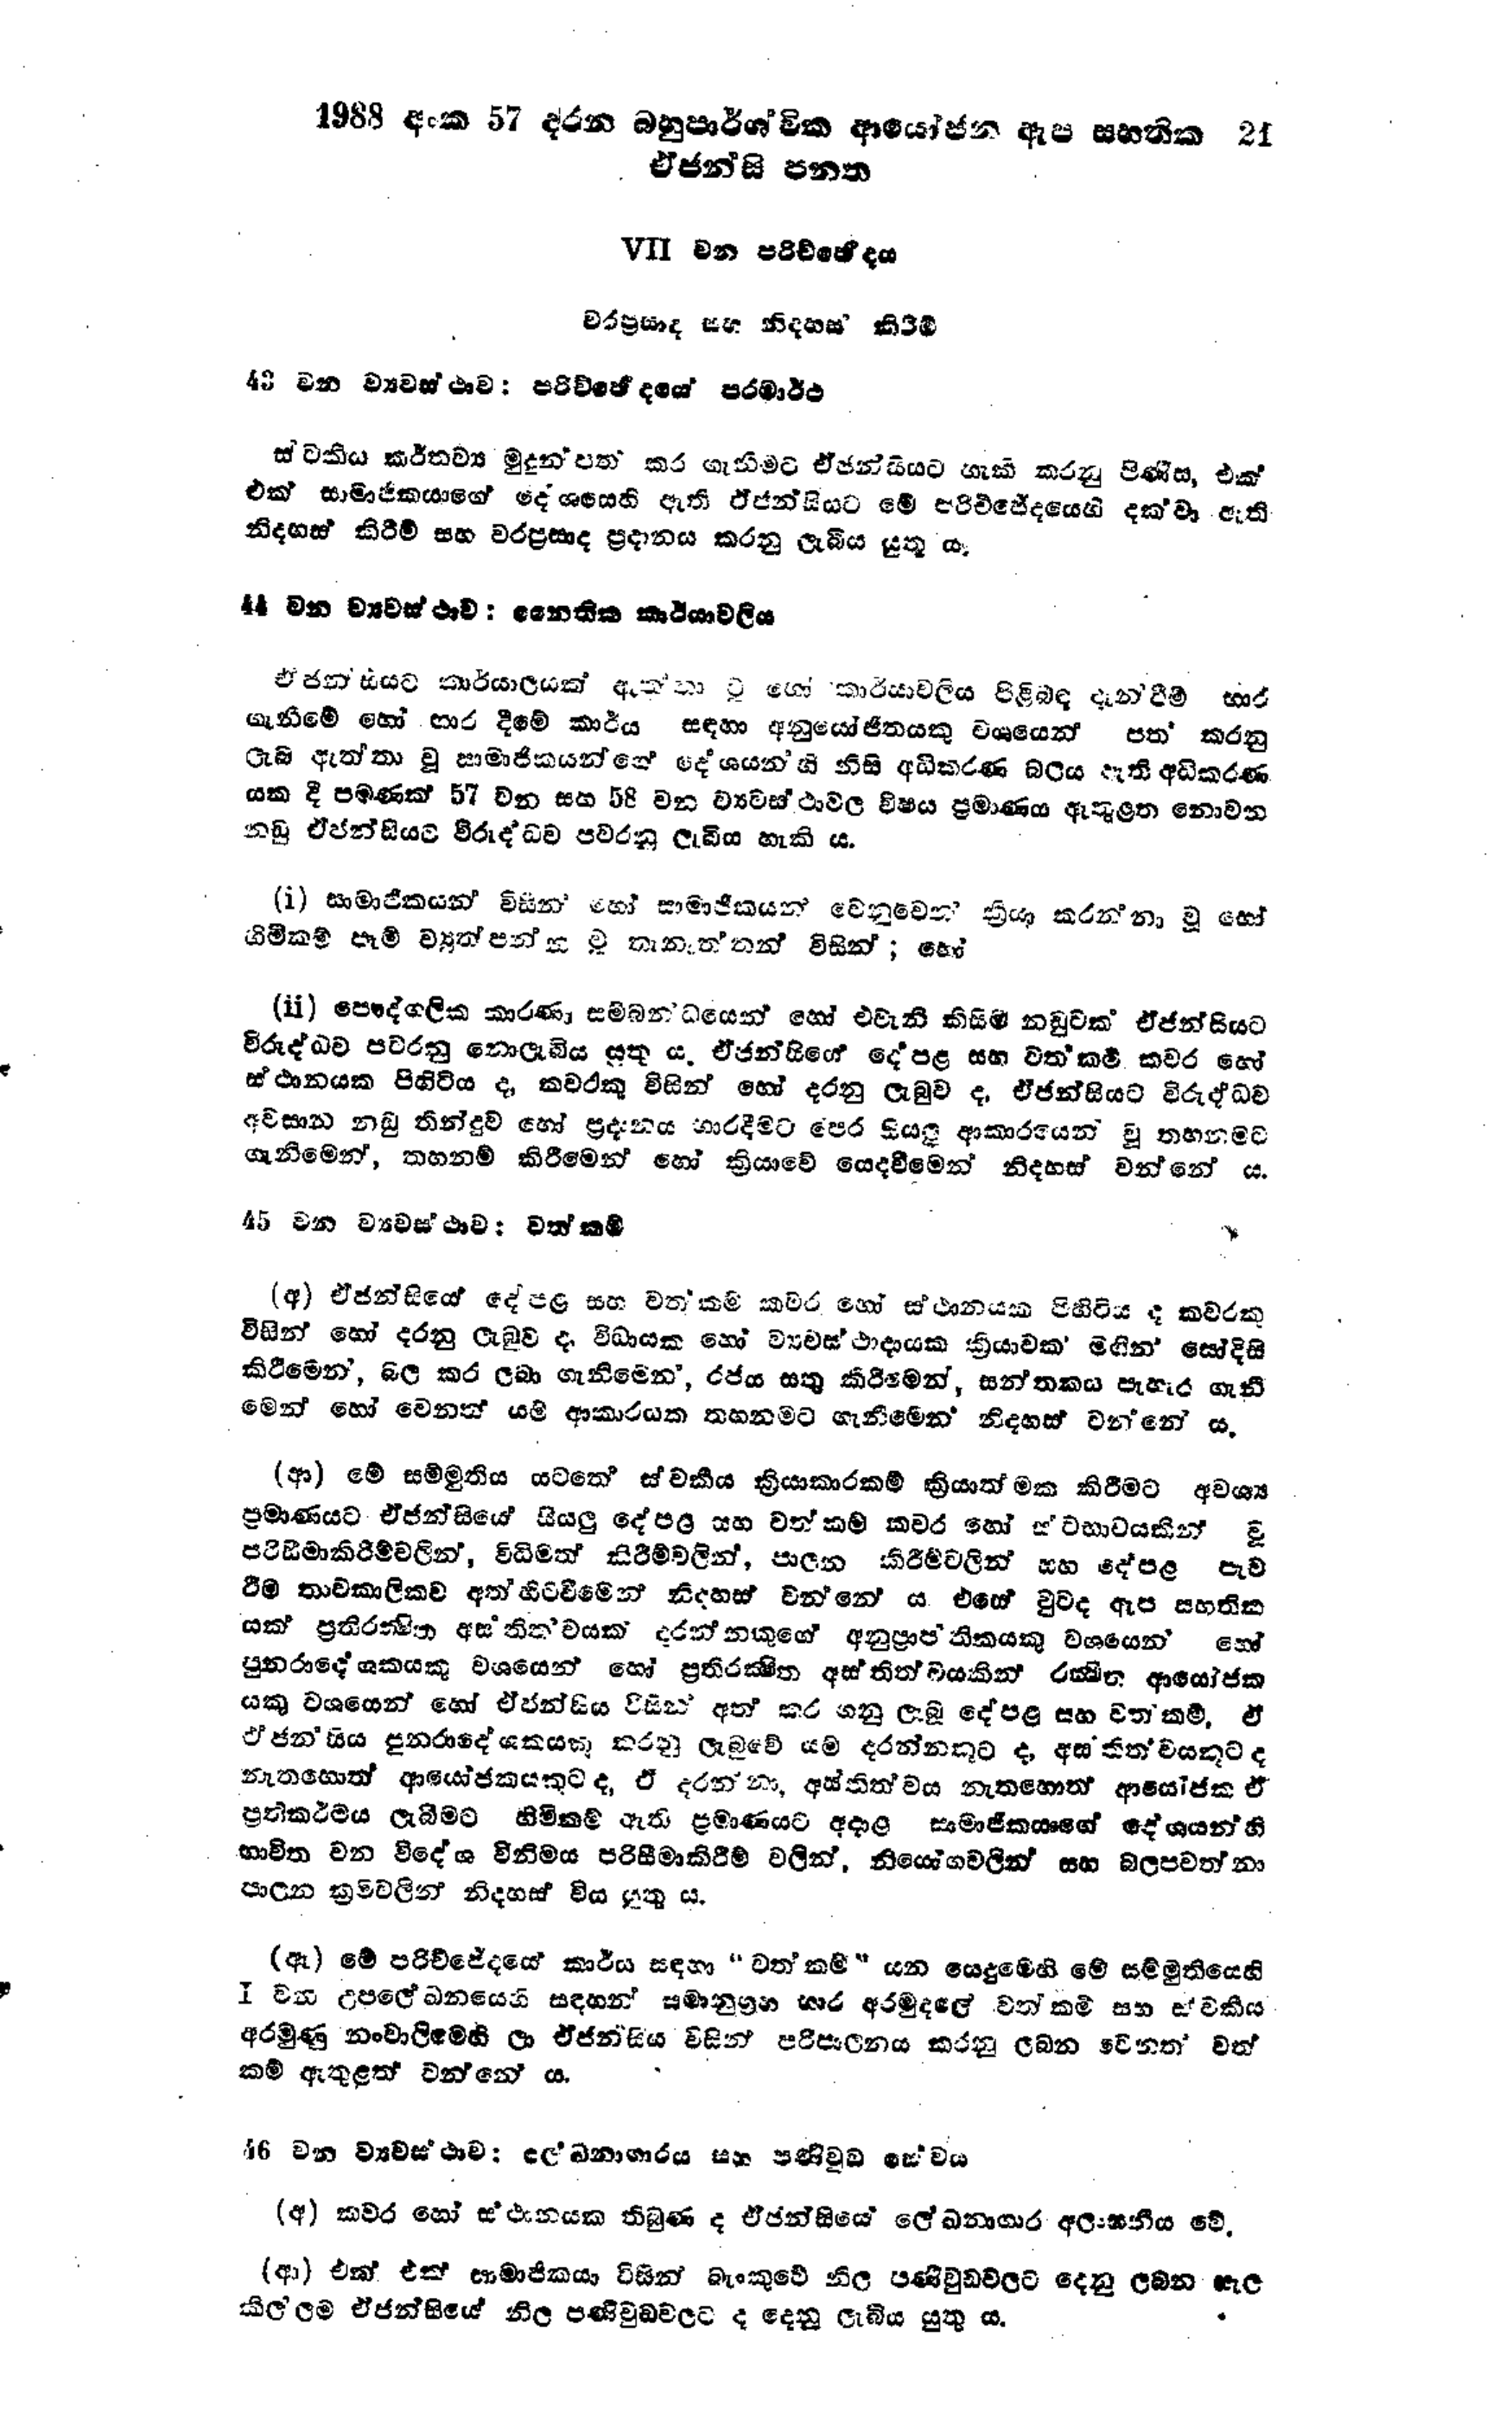
1988 අංක 57 දරන බහුපාර්ශවික ආයෝජන ඇප සහතික 21
ඒජන්සි පනත

Ⅶ වන පරිච්ජේදය

වරප්‍රසාද සහ නිදහස් කිරීම්

43 වන ව්‍යවස්ථාව : පරිච්ජේදයේ පරමාර්ථ

ස්වකීය කර්තව්‍ය මුදුන්පත් කර ගැනීමට ඒජන්සියට හැකි කරනු පිණිස, එක්
එක් සාමාජිකයාගේ දේශයෙහි ඇති ඒජන්සියට මේ පරිච්ජේදයෙහි දක්වා ඇති
නිදහස් කිරීම් සහ වරප්‍රසාද ප්‍රදානය කරනු ලැබිය යුතු ය.

14 වන ව්‍යවස්ථාව: නෛතික කාර්යාවලිය

ඒ ජන්සියට කාර්යාලයක් ඇත්තා වූ හෝ කාර්යාවලිය පිළිබඳ දැන්වීම භාර
ගැනීමේ හෝ භාර දීමේ කාර්ය සඳහා අනුයෝජිතයකු වශයෙන් පත කරනු
ලැබ ඇත්තා වූ සාමාජිකයන්ගේ දේශයන්හි නිසි අධිකරණ බලය ඇති අධිකරණ
යක දී පමණක් 57 වන සහ 58 වන ව්‍යවස්ථාවල විෂය ප්‍රමාණය ඇතුළත නොවන
නඩු ඒජන්සියට විරුද්ධව පවරනු ලැබිය හැකි ය.

(i) සාමාජිකයන් විසින් හෝ සාමාජිකයන් වෙනුවෙන් ක්‍රියා කරන්නා වූ හෝ
හිමිකම් පෑම් ව්‍යුත්පන්න වූ තැනැත්තන් විසින් ; හෝ

(ii) පෞද්ගලික කාරණා සම්බන්ධයෙන් හෝ එවැනි කිසිම නඩුවක් ඒජන්සියට
විරුද්ධව පවරනු නොලැබිය යුතු ය. ඒජන්සියේ දේපළ සහ වත්කම් කවර හෝ
ස්ථානයක පිහිටිය ද, කවරකු විසින් හෝ දරනු ලැබුව ද, ඒජන්සියට විරුද්ධව
අවසාන නඩු තීන්දුව හෝ ප්‍රදානය භාර දීමට පෙර සියලු ආකාරයෙන් වූ තහනමට
ගැනීමෙන්, තහනම් කිරීමෙන් හෝ ක්‍රියාවේ යෙදවීමෙන් නිදහස් වන්නේ ‍ය.

45 වන ව්‍යවස්ථාව : වත්කම්

(අ) ඒජන්සියේ දේපළ සහ වත්කම් කවර හෝ ස්ථානයක පිහිටිය ද කවරකු
විසින් හෝ දරනු ලැබුව ද, විධායක හෝ ව්‍යවස්ථාදායක ක්‍රියාවක් මගින සෝදිසි
කිරීමෙන, බල කර ලබා ගැනිමෙන්, රජය සතු කිරීමෙන්, සන්තකය පැහැර ගැනී
මෙන් හෝ වෙනත් යම් ආකාරයක තහනමට ගැනීමෙන නිදහස් වන්නේ ය.

(ආ) මේ සම්මුතිය යටතේ ස්වකීය ක්‍රියාකාරකම් ක්‍රියාත්මක කිරීමට අවශ්‍ය
ප්‍රමාණයට ඒජන්සියේ සියලු දේපළ සහ වත්කම කවර හෝ ස්වභාවයකින් වූ
පරිසීමාකිරීම් වලින්, විධිමත් කිරීම් වලින්, පාලන කිරීම් වලින් සහ දේපළ පැව
රීම තාවකාලිකව අත්හිටවීමෙන් නිදහස් වන්නේ ය. එසේ වුවද ඇප සහතික
යක් ප්‍රතිරක්ෂිත අස්තිත්වයක් දරන්නකුගේ අනුප්‍රාප්තිකයකු වශයෙන් හෝ
පුනරාදේශකයකු වශයෙන් හෝ ප්‍රතිරක්ෂිත අස්තිත්වයකින් රක්ෂිත ආයෝජක
යකු වශයෙන් හෝ ඒජන්සිය විසින් අත් කර ගනු ලැබූ දේපළ සහ වත්කම්, ඒ
ඒජන්සිය පුනරාදේශකයකු කරනු ලැබුවේ යම් දරන්නකුට ද, අස්තිත්වයකුට ද
නැතහොත් ආයෝජකයකුට ද ඒ දරන්නා, අස්තිත්වය නැතහොත් ආයෝජක ඒ
ප්‍රතිකර්මය ලැබීමට හිමිකම් ඇති ප්‍රමාණයට අදාළ සාමාජිකයාගේ දේශයන්හි
භාවිත වන විදේශ විනිමය පරිසීමා කිරීම් වලින්, නියෝග වලින් සහ බලපවත්නා
පාලන ක්‍රම වලින් නිදහස් විය යුතු ය.

(ඇ) මේ පරිච්ජේදයේ කාර්ය සඳහා "වත්කම් " යන යෙදුමෙහි මේ සම්මුතියෙහි
Ⅰවන උපලේඛනයෙහි සඳහන් සමානුග්‍රහ භාර අරමුදලේ වත් කර්ම සහ ස්වකීය
අරමුණු නංවාලිමෙහි ලා ඒජන්සිය විසින් පරිපාලනය කරනු ලබන වෙනත් වත්
කම් ඇතුළත් වන්නේය.

46 වන ව්‍යවස්ථාව : ලේඛනාගාරය සහ පණිවුඩ සේවය

(අ) කවර හෝ ස්ථානයක තිබුණ ද ඒජන්සියේ ලේඛනාගාර අලංඝනීය වේ.

(ආ) එක් එක් සාමාජිකයා විසින් බැංකුවේ නිල පණිවුඩවලට දෙනු ලබන සැල
කිල් ලම ඒ ජන්සියේ නිල පණිවුඩ වලට ද දෙනු ලැබිය යුතු ය.